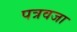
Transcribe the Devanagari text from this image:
पत्रवजा